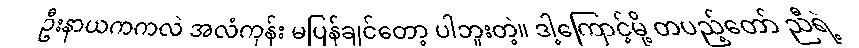
ဦးနာယကကလဲ အလံကုန်း မပြန်ချင်တော့ ပါဘူးတဲ့။ ဒါ့ကြောင့်မို့ တပည့်တော် ညီရဲ့